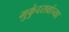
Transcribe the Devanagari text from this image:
मुकुंदरावांच्या